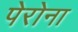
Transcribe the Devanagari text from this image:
पेरोना